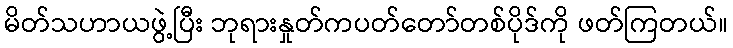
မိတ်သဟာယဖွဲ့ပြီး ဘုရားနှုတ်ကပတ်တော်တစ်ပိုဒ်ကို ဖတ်ကြတယ်။